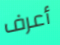
أعرف